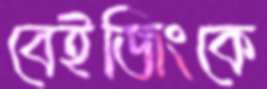
বেইজিংকে